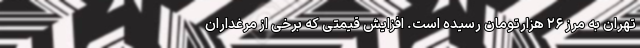
تهران به مرز ۲۶ هزارتومان رسیده است. افزایش قیمتی که برخی از مرغداران